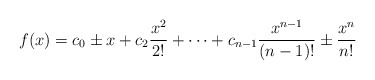
\begin{align*}f(x)=c_0 \pm x+c_2\frac{x^2}{2!}+\dots + c_{n-1}\frac{x^{n-1}}{(n-1)!}\pm \frac{x^n}{n!}\end{align*}